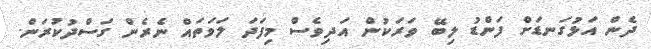
ދެން އަޅުގަނޑަށް ފަންޑު ލިބޭ ވަރަކުން އަދިވެސް މިފަދަ ލަވަތައް ނެރެން ގަސްދުކުރަން.